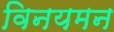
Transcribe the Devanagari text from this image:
विनयमन